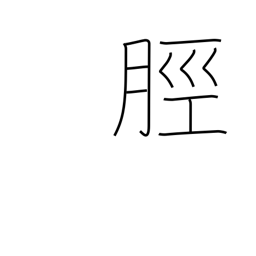
Meaning: leg